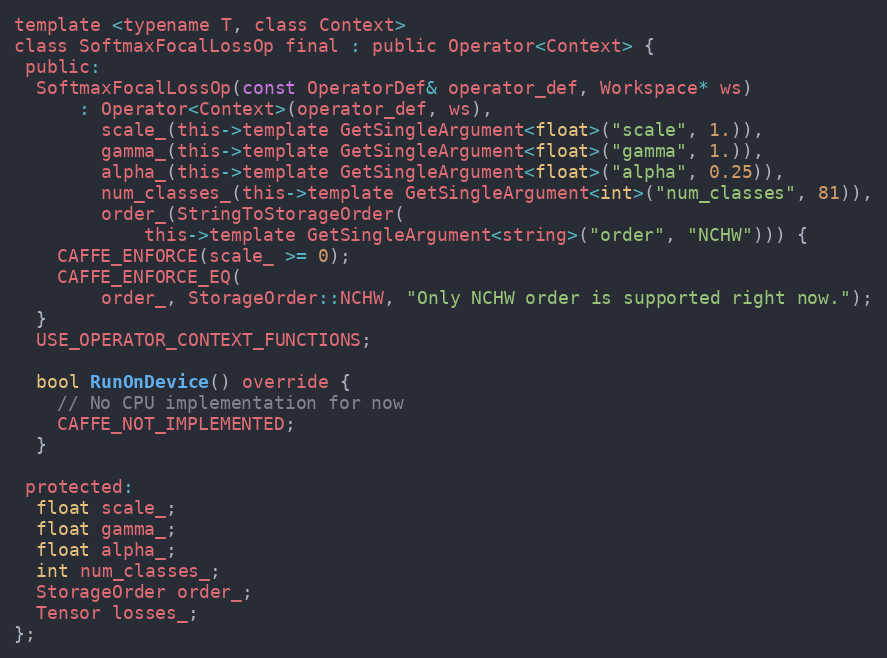
Language: C
template <typename T, class Context>
class SoftmaxFocalLossOp final : public Operator<Context> {
 public:
  SoftmaxFocalLossOp(const OperatorDef& operator_def, Workspace* ws)
      : Operator<Context>(operator_def, ws),
        scale_(this->template GetSingleArgument<float>("scale", 1.)),
        gamma_(this->template GetSingleArgument<float>("gamma", 1.)),
        alpha_(this->template GetSingleArgument<float>("alpha", 0.25)),
        num_classes_(this->template GetSingleArgument<int>("num_classes", 81)),
        order_(StringToStorageOrder(
            this->template GetSingleArgument<string>("order", "NCHW"))) {
    CAFFE_ENFORCE(scale_ >= 0);
    CAFFE_ENFORCE_EQ(
        order_, StorageOrder::NCHW, "Only NCHW order is supported right now.");
  }
  USE_OPERATOR_CONTEXT_FUNCTIONS;

  bool RunOnDevice() override {
    // No CPU implementation for now
    CAFFE_NOT_IMPLEMENTED;
  }

 protected:
  float scale_;
  float gamma_;
  float alpha_;
  int num_classes_;
  StorageOrder order_;
  Tensor losses_;
};